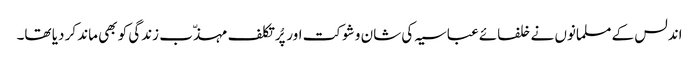
اندلس کے مسلمانوں نے خلفائے عباسیہ کی شان و شوکت اور پُرتکلف مہذّب زندگی کو بھی ماند کر دیا تھا۔